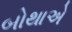
બોથાએ